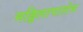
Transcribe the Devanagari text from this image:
मड्डिलापालेम